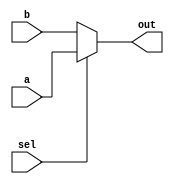
module mux_1toD(
                  a,
                  b,
                  sel,
                  out
);

//Parameter
parameter D=1 ;    //   D : Data width 



//wire&reg
input wire [D-1:0] a;
input wire [D-1:0] b;
input wire sel;
output reg [D-1:0] out;



//logic
always @ (sel)
   begin
      if(sel)
         out<=a;
      else             
         out<=b;
   end        
  
endmodule